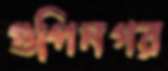
গুপিনগর